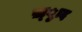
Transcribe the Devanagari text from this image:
ख़्ुाद